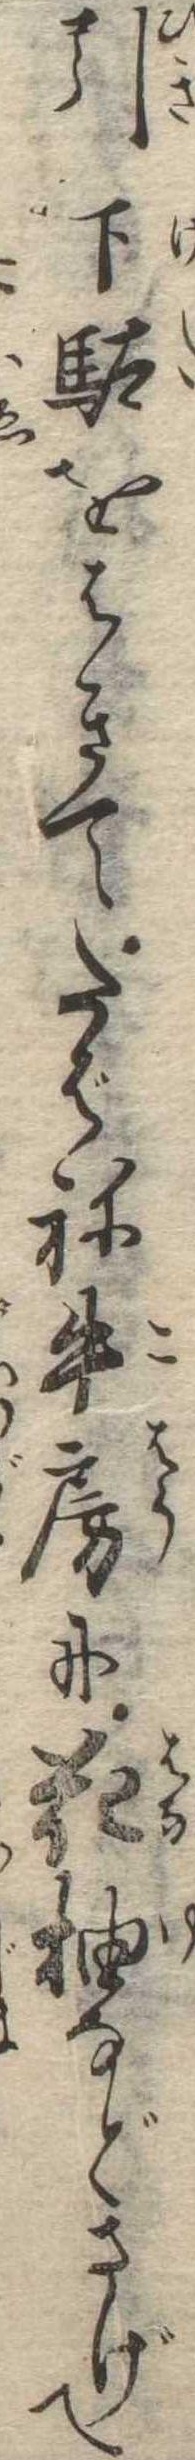
引下駄をはきてたばね牛房に花柚などさげて